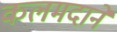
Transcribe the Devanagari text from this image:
कलमदाने